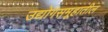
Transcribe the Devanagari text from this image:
उद्योगसमूहातील